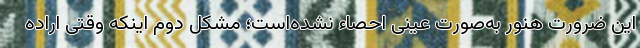
این ضرورت هنور به‌صورت عینی احصاء نشده‌است؛ مشکل دوم اینکه وقتی اراده